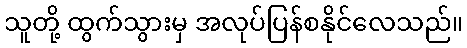
သူတို့ ထွက်သွားမှ အလုပ်ပြန်စနိုင်လေသည်။